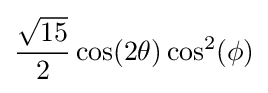
{\frac {\sqrt {15}}{2}}\cos(2\theta )\cos ^{2}(\phi )